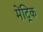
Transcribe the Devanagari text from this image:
मेंट्रिक